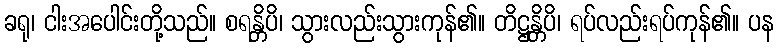
ခရု၊ ငါးအပေါင်းတို့သည်။ စရန္တိပိ၊ သွားလည်းသွားကုန်၏။ တိဋ္ဌန္တိပိ၊ ရပ်လည်းရပ်ကုန်၏။ ပန